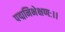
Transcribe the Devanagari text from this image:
पद्मनिभेक्षणः।।